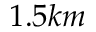
1 . 5 k m